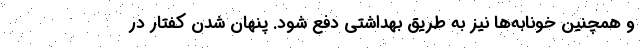
و همچنین خونابه‌ها نیز به طریق بهداشتی دفع شود. پنهان شدن کفتار در